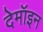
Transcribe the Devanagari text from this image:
देमॉइन